Leaving Certificate Examination (including Day School Certificate (Higher) General paper), 1936
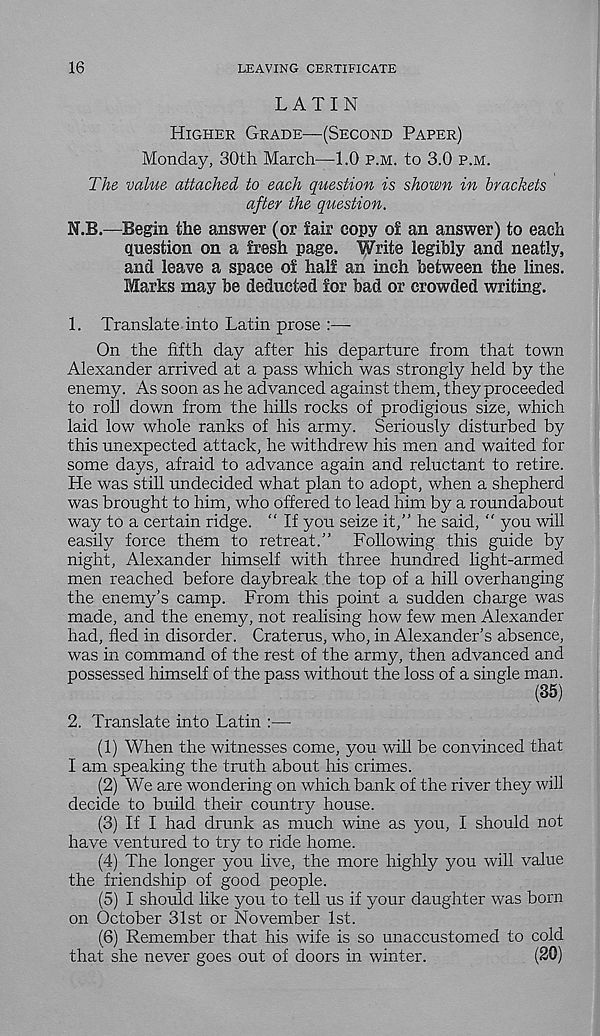
16
LEAVING CERTIFICATE
LATIN
HIGHER GRADE—(SECOND PAPER)
Monday, 30th March—1.0 P.M. to 3.0 P.M.
The value attached to each question is shown in brackets
after the question.
N.B,—Begin the answer (or fair copy of an answer) to each
Question on a fresh page. Write legibly and neatly,
and leave a space of half an inch between the lines.
Marks may be deducted for bad or crowded writing.
1. Translate into Latin prose :—
On the fifth day after his departure from that town
Alexander arrived at a pass which was strongly held by the
enemy. As soon as he advanced against them, they proceeded
to roll down from the hills rocks of prodigious size, which
laid low whole ranks of his army. Seriously disturbed by
this unexpected attack, he withdrew his men and waited for
some days, afraid to advance again and reluctant to retire.
He was still undecided what plan to adopt, when a shepherd
was brought to him, who offered to lead him by a roundabout
way to a certain ridge. “ If you seize it,” he said, “ you will
easily force them to retreat.” Following this guide by
night, Alexander himself with three hundred light-armed
men reached before daybreak the top of a hill overhanging
the enemy’s camp. From this point a sudden charge was
made, and the enemy, not realising how few men Alexander
had, fled in disorder. Craterus, who, in Alexander’s absence,
was in command of the rest of the army, then advanced and
possessed himself of the pass without the loss of a single man.
(35)
2. Translate into Latin :—
(1) When the witnesses come, you will be convinced that
I am speaking the truth about his crimes.
(2) We are wondering on which bank of the river they will
decide to build their country house.
(3) If I had drunk as much wine as you, I should not
have ventured to try to ride home.
(4) The longer you live, the more highly you will value
the friendship of good people.
(5) I should like you to tell us if your daughter was born
on October 31st or November 1st.
(6) Remember that his wife is so unaccustomed to cold
that she never goes out of doors in winter.
(20)